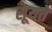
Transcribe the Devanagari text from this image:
सूयते